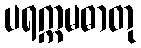
ပရက္ကမဓာတု